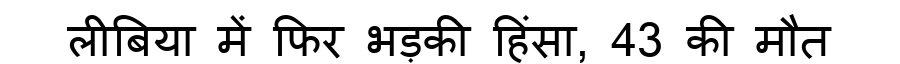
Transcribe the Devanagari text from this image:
लीबिया में फिर भड़की हिंसा, 43 की मौत